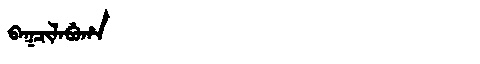
Manchu: ᠪᠠᡴᠴᡳᠯᠠᠪᡠᡥᠠ
Romanization: BAKCILABUHA